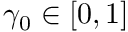
\gamma _ { 0 } \in [ 0 , 1 ]